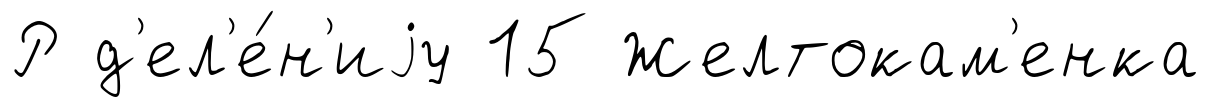
Р д'ел'е́н'иjу 15 Желтокам'енка